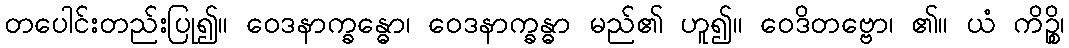
တပေါင်းတည်းပြု၍။ ဝေဒနာက္ခန္ဓော၊ ဝေဒနာက္ခန္ဓာ မည်၏ ဟူ၍။ ဝေဒိတဗ္ဗော၊ ၏။ ယံ ကိဉ္စိ၊